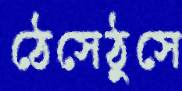
ঠেসেঠুসে